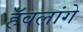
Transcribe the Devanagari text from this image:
हॅवलांगे